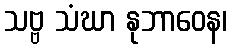
သဗ္ဗ သံဃာ နုဘာဝေန၊